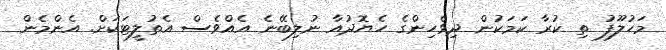
މަހުލޫފު ތި ކުރާ ކަމަކުން ދިވެހިންގެ ހެޔޮދުއާ ނުލިބޭނެ އެއްވެސް އެތުލީޓަކަށް. އެންމެން